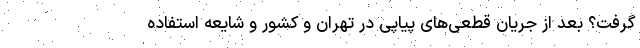
گرفت؟ بعد از جریان قطعی‌های پیاپی در تهران و کشور و شایعه استفاده